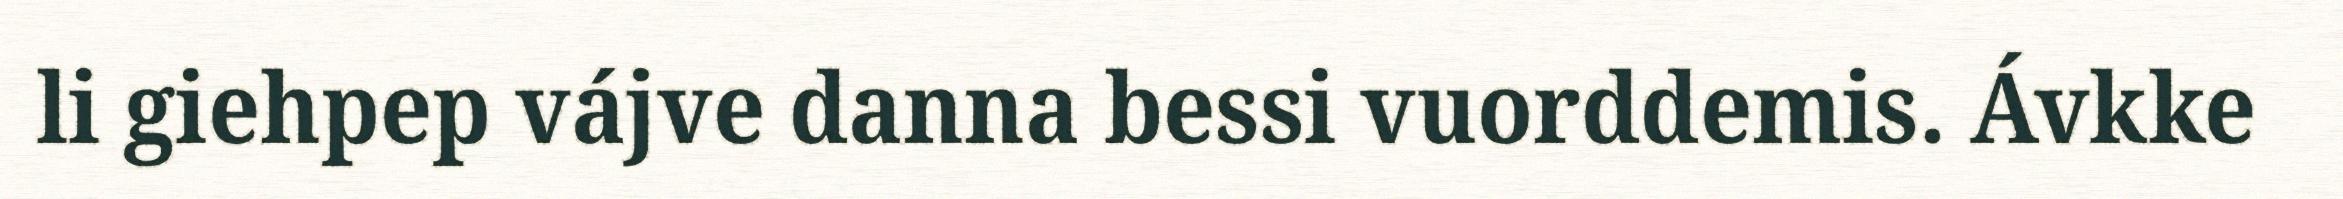
li giehpep vájve danna bessi vuorddemis. Ávkke